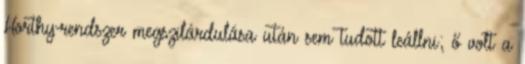
Horthy-rendszer megszilárdulása után sem tudott leállni; ő volt a